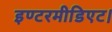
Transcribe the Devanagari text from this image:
इण्टरमीडिएट।